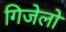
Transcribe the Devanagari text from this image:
गिजेलो